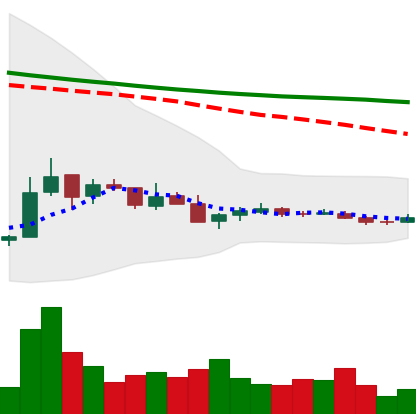
Ticker: TRX-USD
Chart end date: 2018-12-16
Forward return: 53.748%
Label: up_7plus